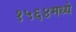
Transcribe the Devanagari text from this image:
१५६४मध्ये